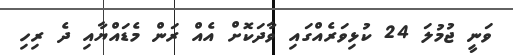
ވަނީ ޖުމުލަ 24 ކުޅިވަރެއްގައި ވާދަކޮށް އެއް ރަން މެޑައްޔާއި ދެ ރިހި